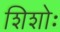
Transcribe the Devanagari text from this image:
शिशोः